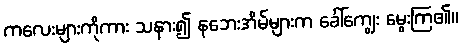
ကလေးများကိုကား သနား၍ နဘေးအိမ်များက ခေါ်ကျွေး မွေးကြ၏။